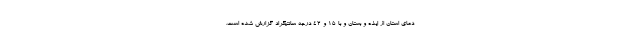
دمای استان از ایذه و بستان و با ۱۵ و ۴۲ درجه سانتیگراد گزارش شده است.